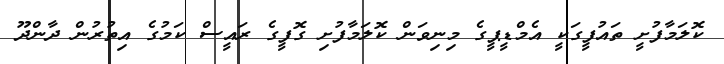
ކޮލަމާފުށީ ތައުފީގަކީ އެމްޑީޕީގެ މިނިވަން ކޮލަމާފުށި ގޮފީގެ ރައީސް ކަމުގެ އިތުރުން ދާންދޫ